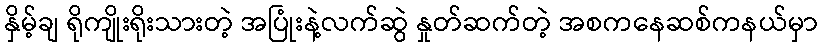
နှိမ့်ချ ရိုကျိုးရိုးသားတဲ့ အပြုံးနဲ့လက်ဆွဲ နှုတ်ဆက်တဲ့ အစကနေဆစ်ကနယ်မှာ